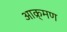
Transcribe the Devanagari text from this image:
आक्र्मण